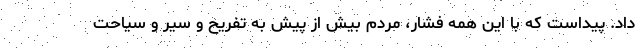
داد. پیداست که با این همه فشار، مردم بیش از پیش به تفریح و سیر و سیاحت